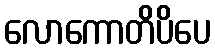
လောကောတိပိပေ